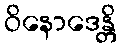
ဝိနောဒေန္တိ